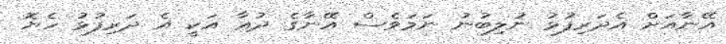
އޭނާއަށް އެދަރިފުޅު ނުލިބުނު ނަމަވެސް އޭނާގެ ދުޢާ އަކީ އެ ދަރިފުޅު ހެޔޮ